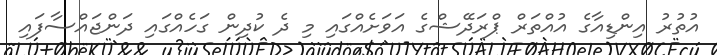
އުތުރު އިންޑިއާގެ އުއްތަރް ޕްރަދޭޝްގެ އަވަށެއްގައި މި ދެ ކުދިން ގަހެއްގައި ދަންޖައްސާފައި